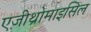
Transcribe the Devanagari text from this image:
एज़ीथ्रोमाइसिल